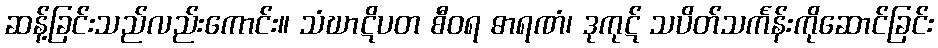
ဆန့်ခြင်းသည်လည်းကောင်း။ သံဃာဋိပတ စီဝရ ဓာရဏံ၊ ဒုကုဋ် သပိတ်သင်္ကန်းကိုဆောင်ခြင်း